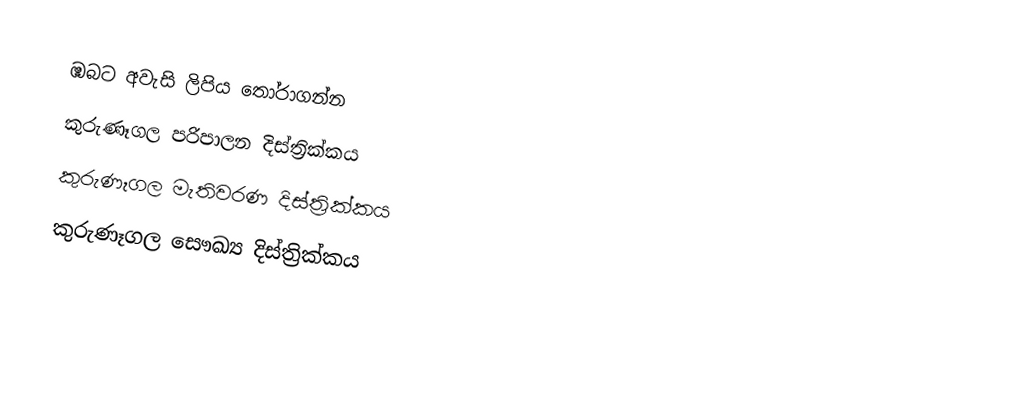
ඹබට අවැසි ලිපිය තෝරාගන්න
 කුරුණෑගල පරිපාලන දිස්ත්‍රික්කය
 කුරුණෑගල මැතිවරණ දිස්ත්‍රික්කය
 කුරුණෑගල සෞඛ්‍ය දිස්ත්‍රික්කය